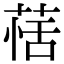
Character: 𦳇